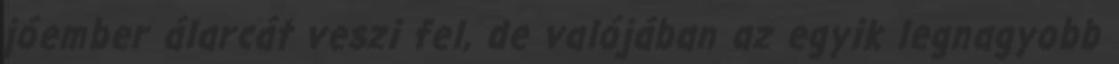
jóember álarcát veszi fel, de valójában az egyik legnagyobb